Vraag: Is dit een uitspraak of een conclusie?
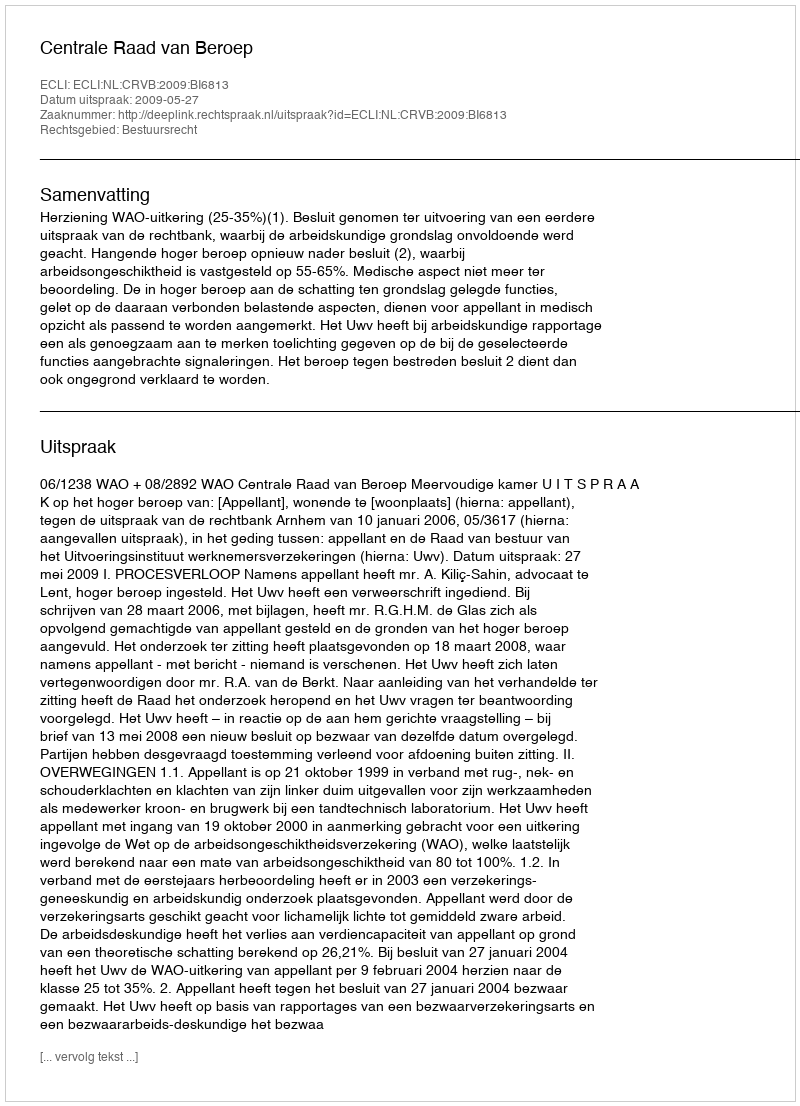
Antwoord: Uitspraak